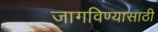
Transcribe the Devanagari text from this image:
जागविण्यासाठी